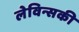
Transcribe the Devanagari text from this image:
लेविन्सकी